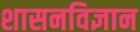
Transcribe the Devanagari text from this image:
शासनविज्ञान